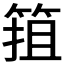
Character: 𱸄